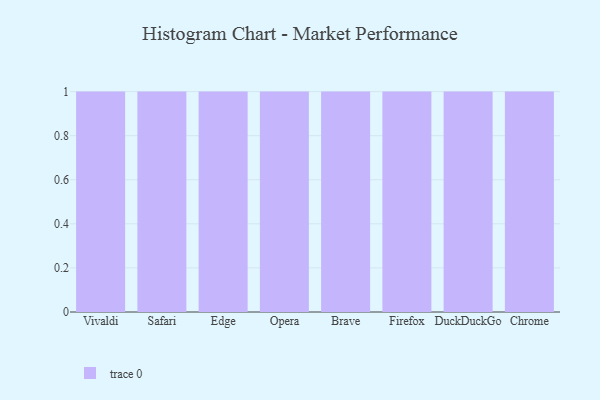
{"axis": {"x": "Browser", "y": "Shipments"}, "legend": [""], "data": [{"x": "Vivaldi", "y": 56, "type": ""}, {"x": "Safari", "y": 5, "type": ""}, {"x": "Edge", "y": 91, "type": ""}, {"x": "Opera", "y": 62, "type": ""}, {"x": "Brave", "y": 25, "type": ""}, {"x": "Firefox", "y": 79, "type": ""}, {"x": "DuckDuckGo", "y": 16, "type": ""}, {"x": "Chrome", "y": 53, "type": ""}]}